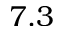
7 . 3